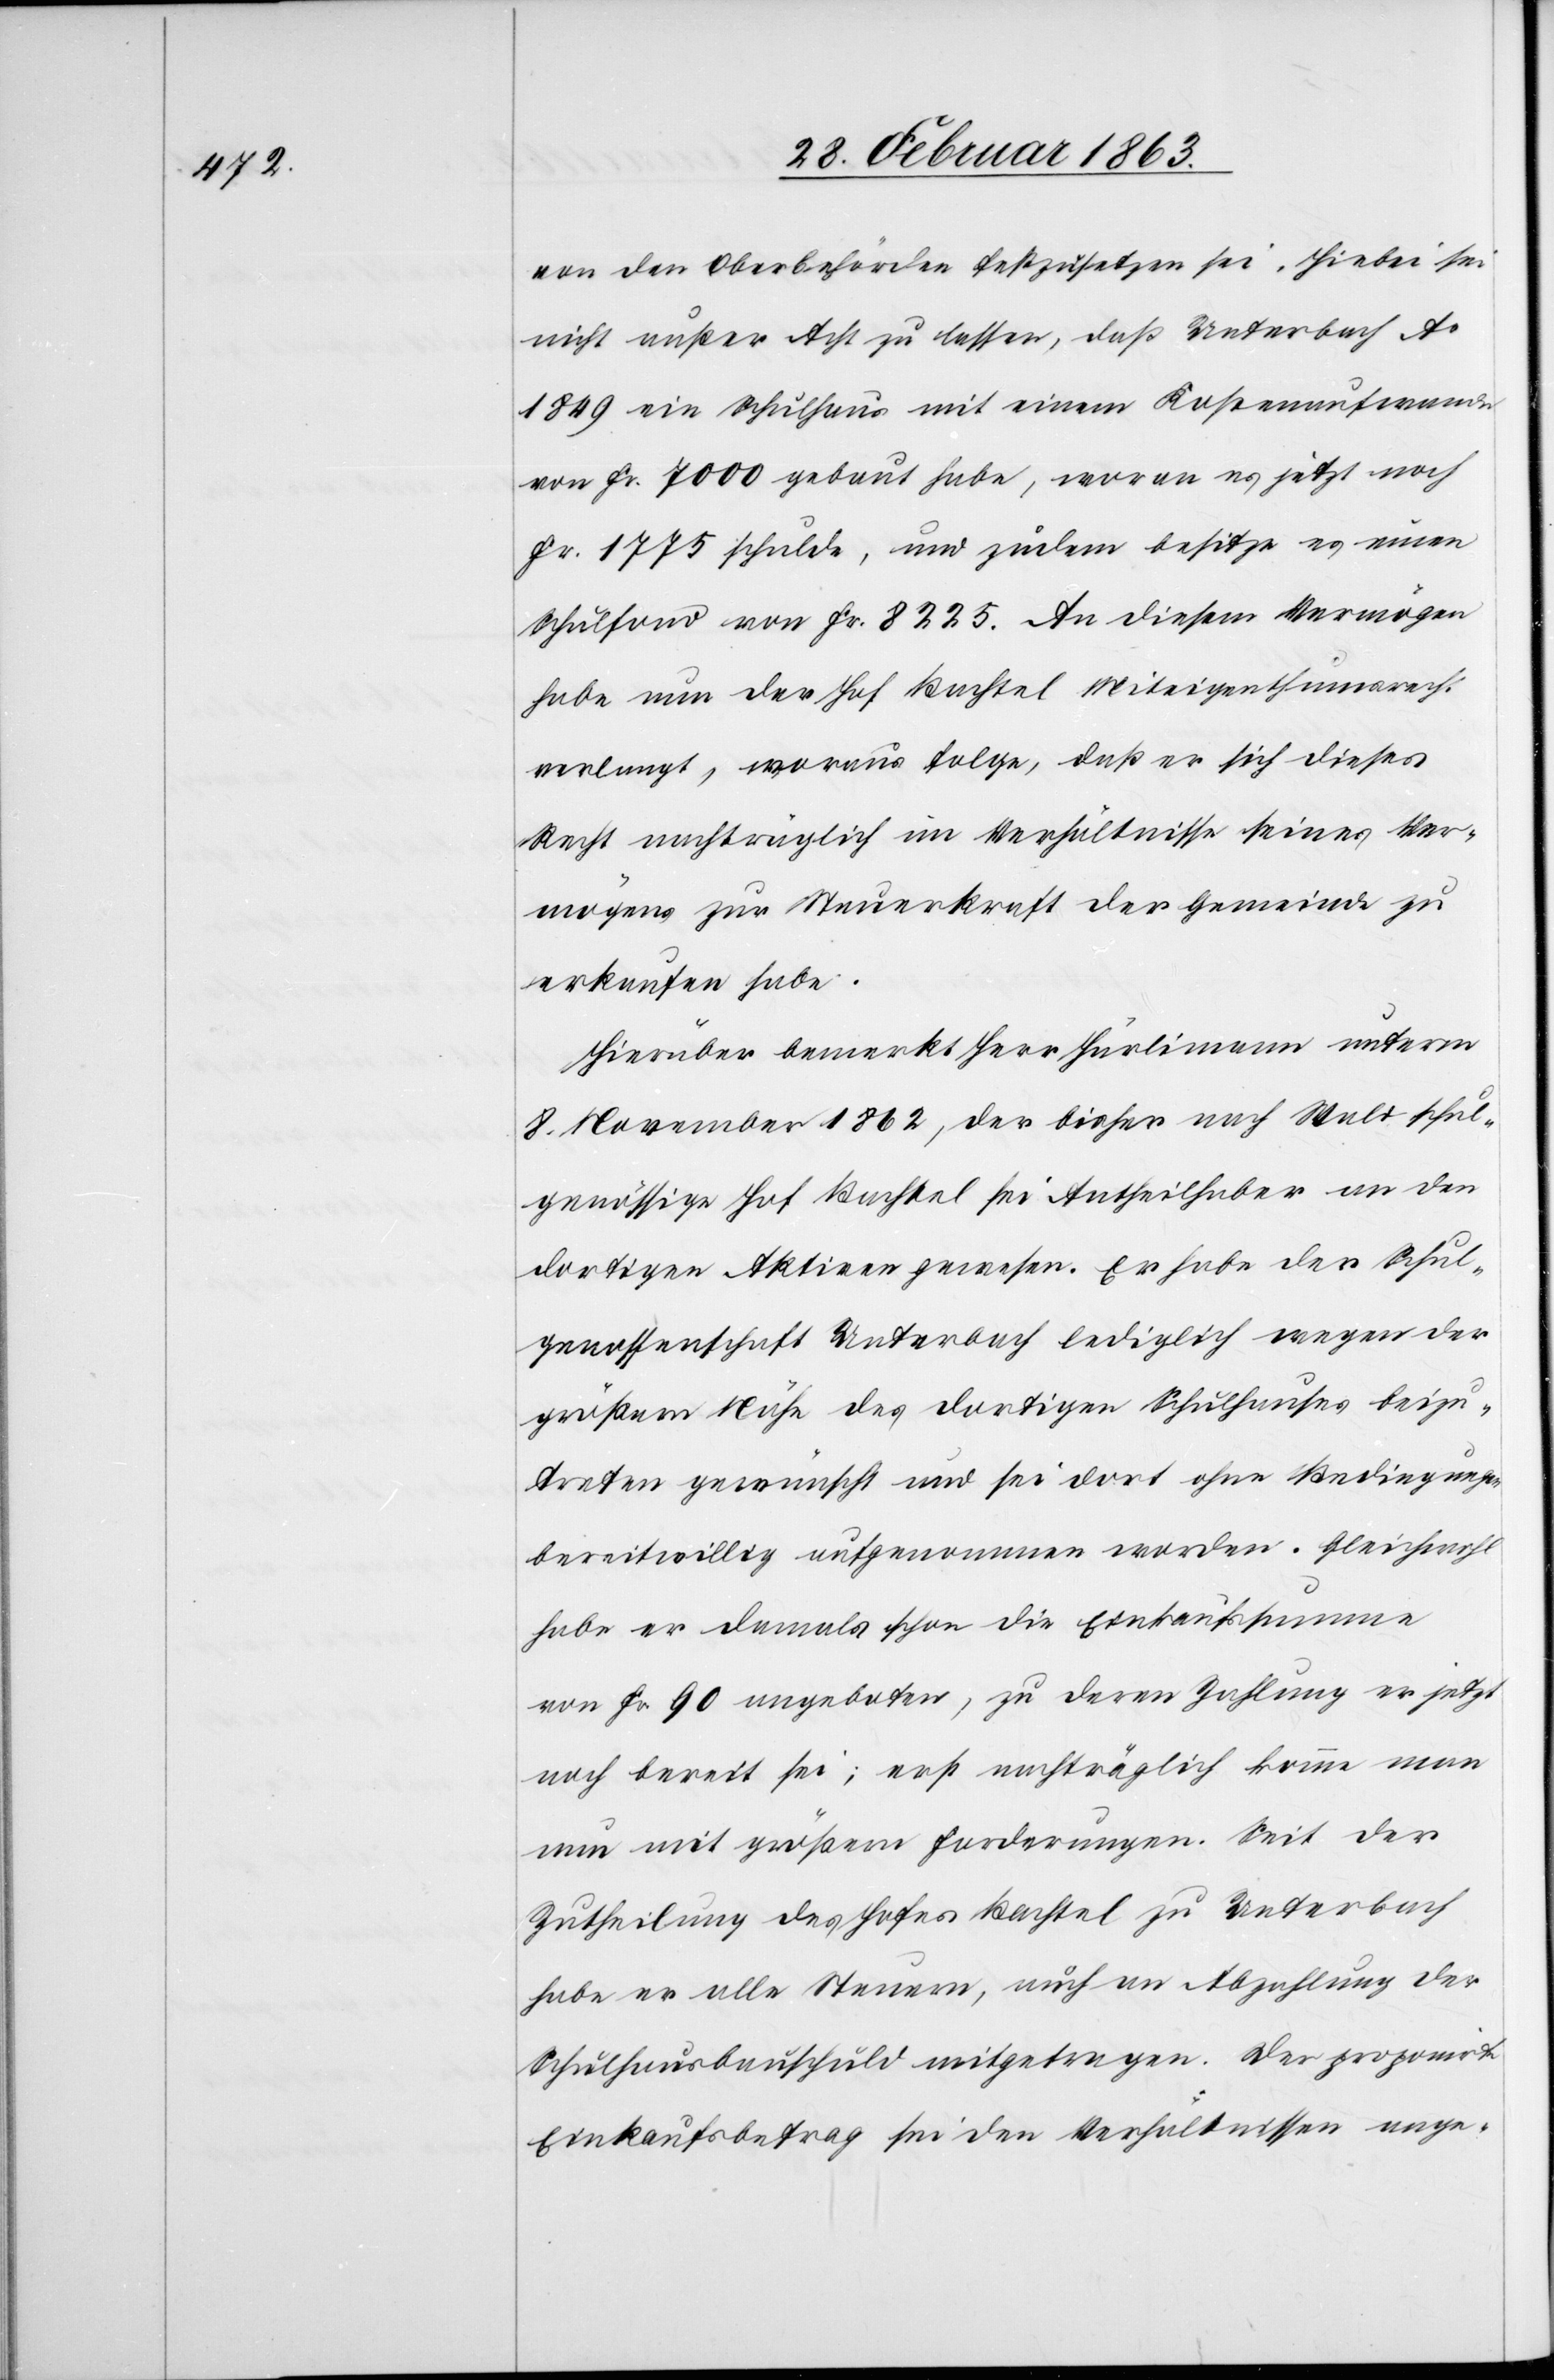
von den Oberbehörden festzusetzen sei. Hiebei sei
nicht außer Acht zu lassen, daß Unterbach Ao
1849 ein Schulhaus mit einem Kostenaufwande
von Fr. 7000 gebaut habe, woran es jetzt noch
Fr. 1775 schulde, und zudem besitze es einen
Schulfond von Fr. 8225. An diesem Vermögen
habe nun der Hof Bachtel Miteigenthumsrecht
verlangt, woraus folge, daß er sich dieses
Recht nachträglich im Verhältnisse seines Ver¬
mögens zur Steuerkraft der Gemeinde zu
erkaufen habe.
Hierüber bemerkt Herr Hürlimann unterm
8. November 1862, der bisher nach Wald schul¬
genössige Hof Bachtel sei Antheilhaber an den
dortigen Aktiven gewesen. Er habe der Schul¬
genossenschaft Unterbach lediglich wegen der
größern Nähe des dortigen Schulhauses beizu¬
treten gewünscht und sei dort ohne Bedingungen
bereitwillig aufgenommen worden. Gleichwohl
habe er damals schon die Einkaufssumme
von Fr. 90 angeboten, zu deren Zahlung er jetzt
noch bereit sei; erst nachträglich komme man
nun mit größern Forderungen. Seit der
Zutheilung des Hofes Bachtel zu Unterbach
habe er alle Steuern, auch an Abzahlung der
Schulhausbauschuld mitgetragen. Der proponirte
Einkaufsbetrag sei den Verhältnissen ange-